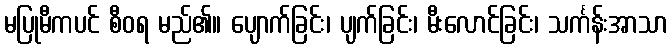
မပြုမီကပင် စီဝရ မည်၏။ ပျောက်ခြင်း၊ ပျက်ခြင်း၊ မီးလောင်ခြင်း၊ သင်္ကန်းအာသာ